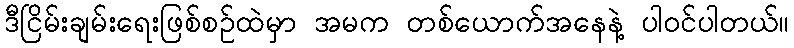
ဒီငြိမ်းချမ်းရေးဖြစ်စဉ်ထဲမှာ အမက တစ်ယောက်အနေနဲ့ ပါဝင်ပါတယ်။